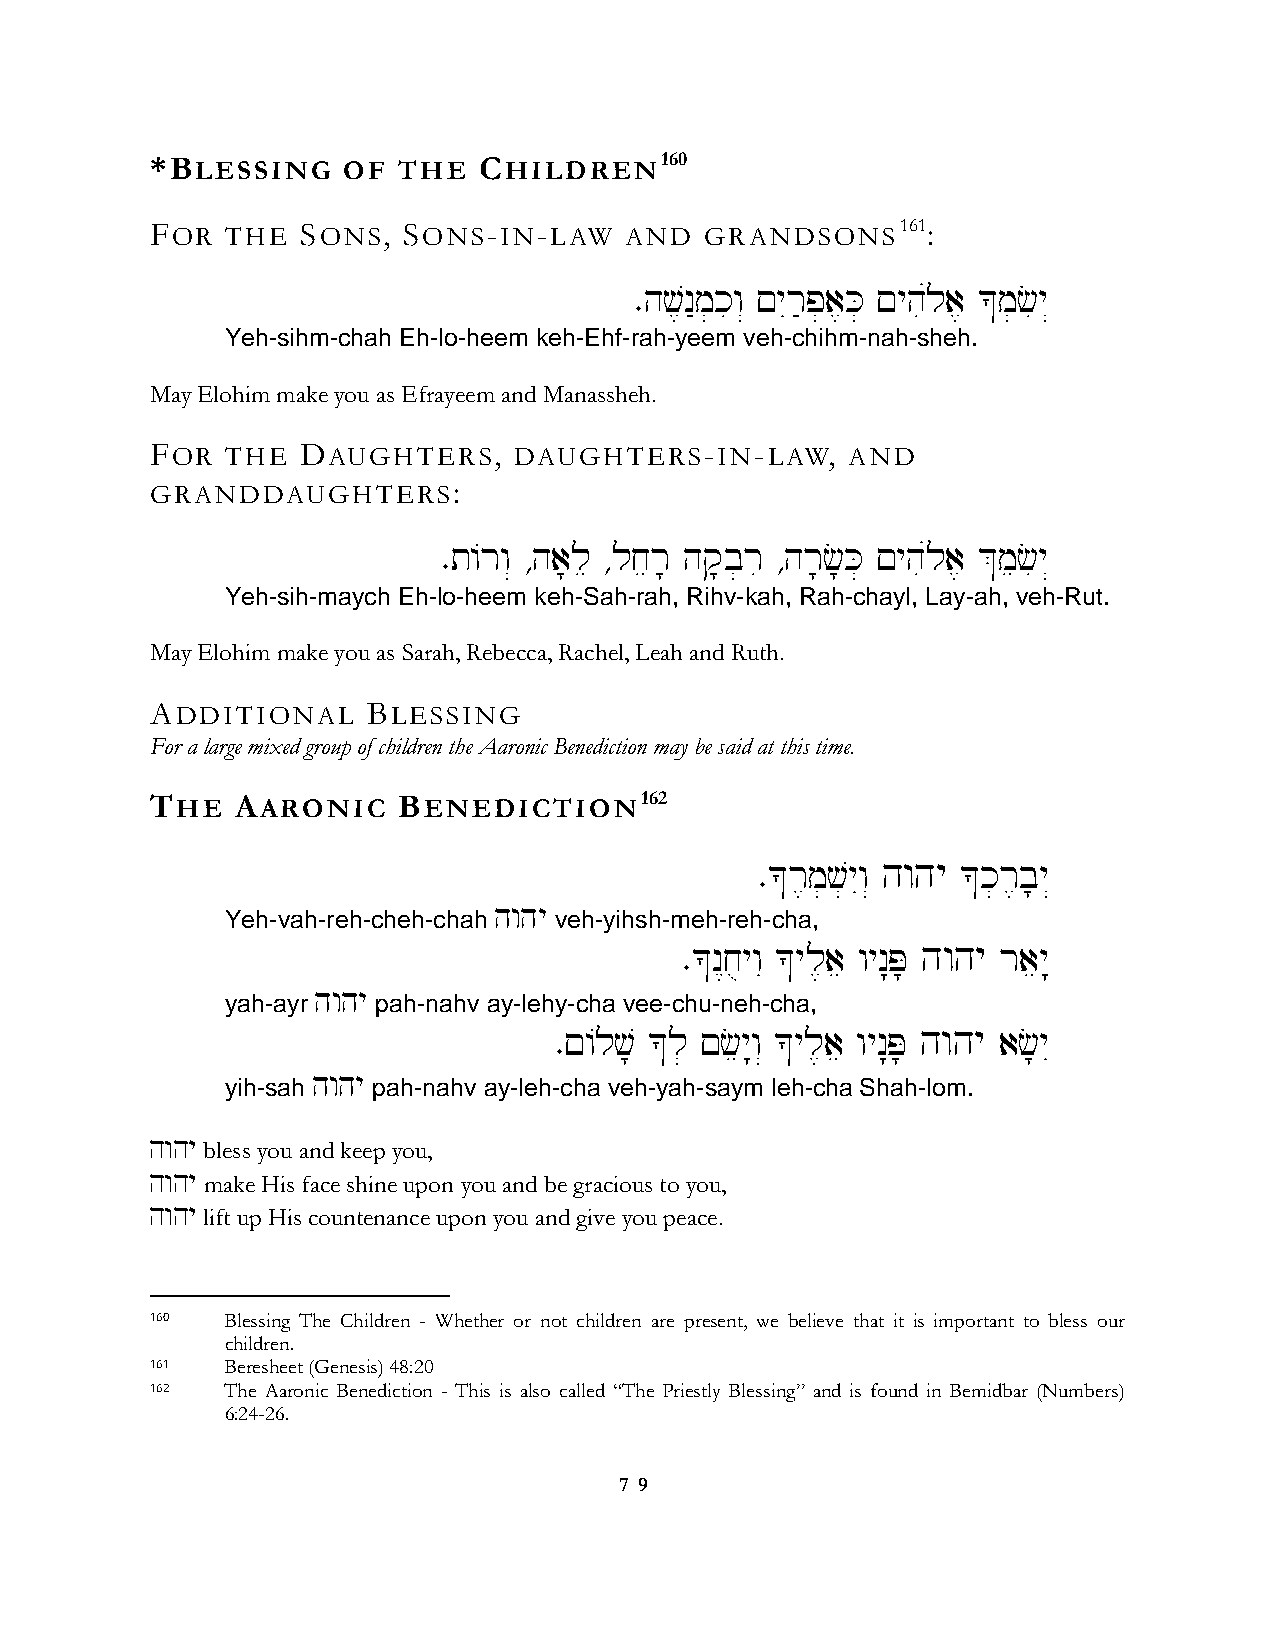
*BLESSING    OF THE   CHILDREN160
 FOR  THE  SONS,  SONS-IN-LAW   AND   GRANDSONS161:
 ∑hv,n"m]kiw“ !yIr'p]a,K] !yhiúla, *m]ciy“
 Yeh-sihm-chah Eh-lo-heem keh-Ehf-rah-yeem veh-chihm-nah-sheh.
 May Elohim make you as Efrayeem and Manassheh.
 FOR  THE  DAUGHTERS,    DAUGHTERS-IN-LAW,     AND
 GRANDDAUGHTERS:
 ∑t/rw“ ∆ha;le ∆ljer; hq;b]ri ∆hr;c;K] !yhiúla, &meciy“
 Yeh-sih-maych Eh-lo-heem keh-Sah-rah, Rihv-kah, Rah-chayl, Lay-ah, veh-Rut.
 May Elohim make you as Sarah, Rebecca, Rachel, Leah and Ruth.
 ADDITIONAL    BLESSING
 For a large mixed group of children the Aaronic Benediction may be said at this time.
 THE   AARONIC   BENEDICTION162
 ∑*r,m]v]yIw“ hwhy *k]r,b;y“
 hwhy
 Yeh-vah-reh-cheh-chah veh-yihsh-meh-reh-cha,
 ∑*n<juywI *yl,ae wyn:P; hwhy raey:
 hwhy
 yah-ayr   pah-nahv ay-lehy-cha vee-chu-neh-cha,
 ∑!/lv; *l] !cey:w“ *yl,ae wyn:P; hwhy ac;yI
 hwhy
 yih-sah   pah-nahv ay-leh-cha veh-yah-saym leh-cha Shah-lom.
 hwhy bless you and keep you,
 hwhy make His face shine upon you and be gracious to you,
 hwhy lift up His countenance upon you and give you peace.
 160  Blessing The Children - Whether or not children are present, we believe that it is important to bless our
 children.
 161  Beresheet (Genesis) 48:20
 162  The Aaronic Benediction - This is also called “The Priestly Blessing” and is found in Bemidbar (Numbers)
 6:24-26.
 7 9